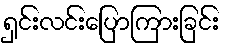
ရှင်းလင်းပြောကြားခြင်း